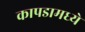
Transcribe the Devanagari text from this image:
कापडामध्ये